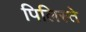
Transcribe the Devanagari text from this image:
पिलिस्ते